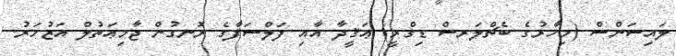
ލައިސަންސް (މިހާރުގެ ބެޗްލަރސް ޑިގްރީ) ޢަޤީދާ އާއި ފަލްސަފާގެ ރޮނގުން ޖާމިޢަތުލް އަޒުހަރު